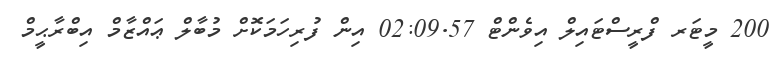
200 މީޓަރ ފްރީސްޓައިލް އިވެންޓް 02:09.57 އިން ފުރިހަމަކޮށް މުބާލް ޢައްޒާމް އިބްރާޙީމް